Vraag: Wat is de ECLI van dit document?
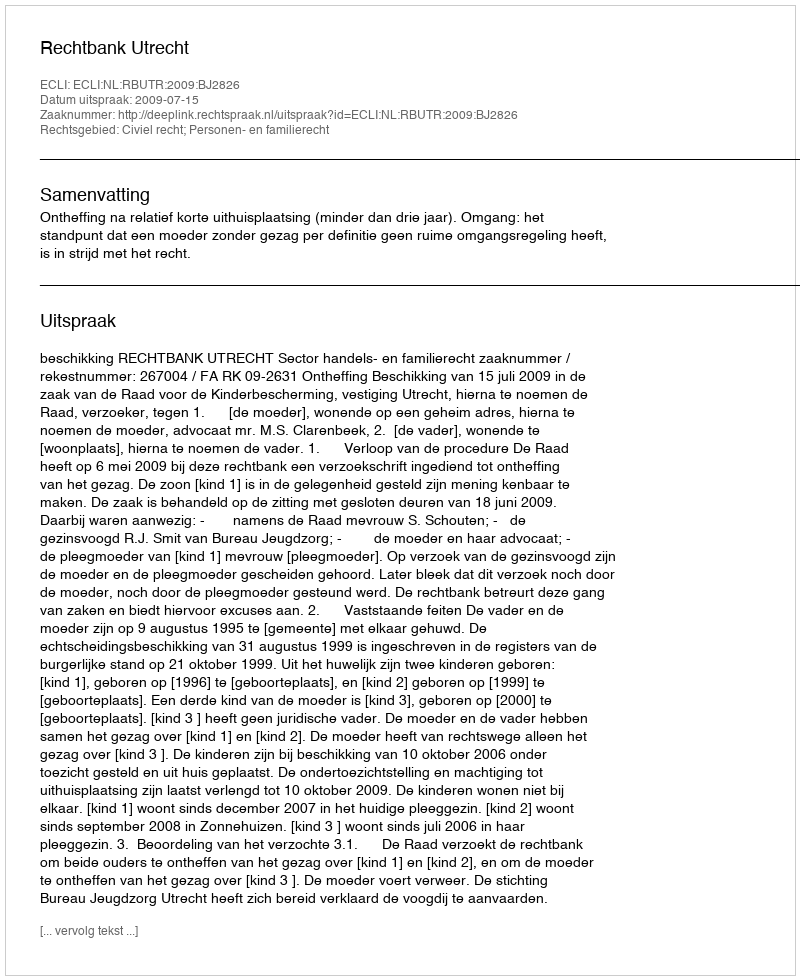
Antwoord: ECLI:NL:RBUTR:2009:BJ2826